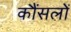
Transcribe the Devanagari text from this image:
कौंसलों